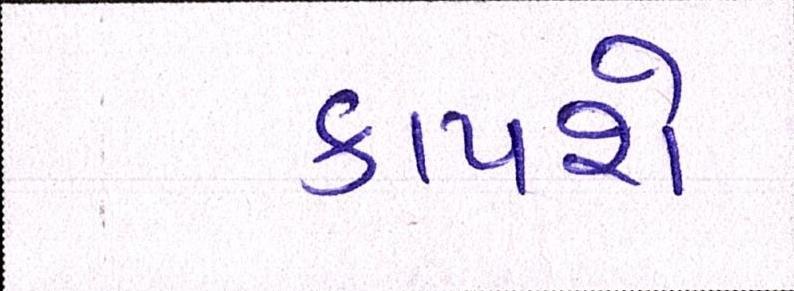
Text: કાપશે